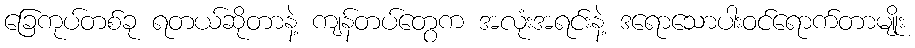
ခြေကုပ်တစ်ခု ရတယ်ဆိုတာနဲ့ ကျန်တပ်တွေက အလုံးအရင်းနဲ့ ဒရောသောပါးဝင်ရောက်တာမျိုး